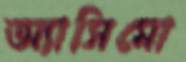
অ্যাসিমো